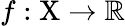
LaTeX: f:\mathrm{X}\to\mathbb{R}